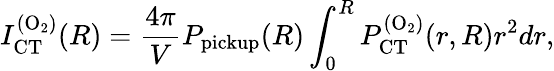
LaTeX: I_{\mathrm{CT}}^{\mathrm{(O_{2})}}(R)=\frac{4\pi}{V}P_{\mathrm{pickup}}(R)\int_{0}^{R}P_{\mathrm{CT}}^{\mathrm{(O_{2})}}(r,R)r^{2}dr,